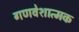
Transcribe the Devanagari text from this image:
गणवेशात्मक